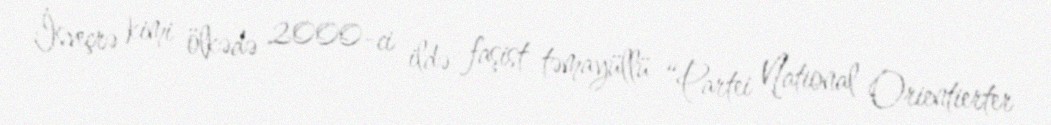
İsveçrə kimi ölkədə 2000-ci ildə faşist təmayüllü “Partei National Orientierter